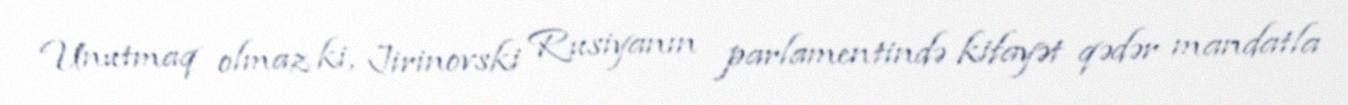
Unutmaq olmaz ki, Jirinovski Rusiyanın parlamentində kifayət qədər mandatla